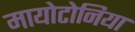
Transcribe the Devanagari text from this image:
मायोटोनिया